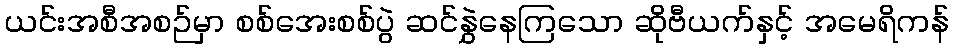
ယင်းအစီအစဉ်မှာ စစ်အေးစစ်ပွဲ ဆင်နွှဲနေကြသော ဆိုဗီယက်နှင့် အမေရိကန်